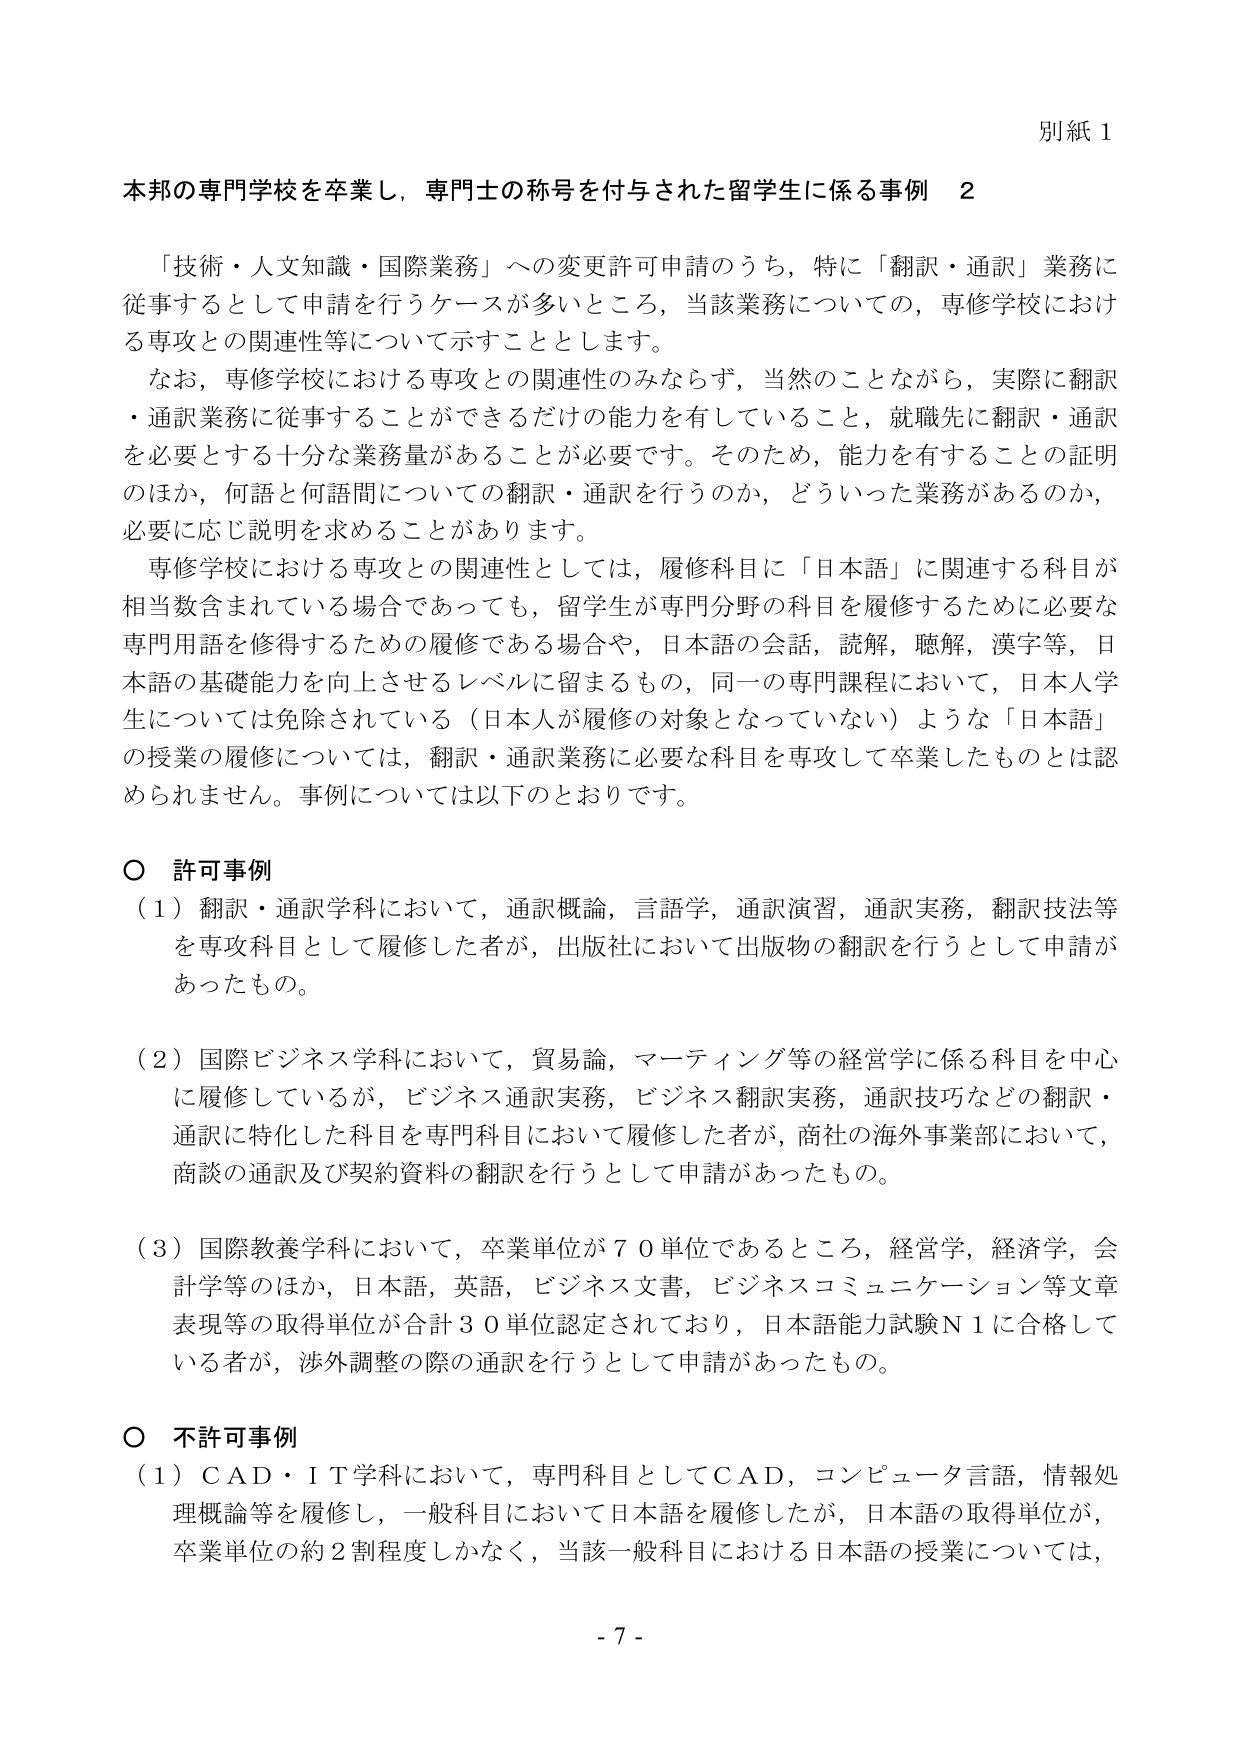
別紙１

本邦の専門学校を卒業し，専門士の称号を付与された留学生に係る事例　２

「技術・人文知識・国際業務」への変更許可申請のうち，特に「翻訳・通訳」業務に従事するとして申請を行うケースが多いところ，当該業務についての，専修学校における専攻との関連性等について示すことにします。

なお，専修学校における専攻との関連性のみならず，当然のことながら，実際に翻訳・通訳業務に従事することができるだけの能力を有していること，就職先に翻訳・通訳を必要とする十分な業務量があることが必要です。そのため，能力を有することの証明のほか，何語と何語間についての翻訳・通訳を行うのか，どういった業務があるのか，必要に応じ説明を求めることがあります。

専修学校における専攻との関連性としては，履修科目に「日本語」に関連する科目が相当数含まれている場合であっても，留学生が専門分野の科目を履修するために必要な専門用語を修得するための履修である場合や，日本語の会話，読解，聴解，漢字等，日本語の基礎能力を向上させるレベルに留まるもの，同一の専門課程において，日本人学生については免除されている（日本人が履修の対象となっていない）ような「日本語」の授業の履修については，翻訳・通訳業務に必要な科目を専攻して卒業したものとは認められません。事例については以下のとおりです。

○ 許可事例

（１）翻訳・通訳学科において，通訳概論，言語学，通訳演習，通訳実務，翻訳技法等を専攻科目として履修した者が，出版社において出版物の翻訳を行うとして申請があったもの。

（２）国際ビジネス学科において，貿易論，マーケティング等の経営学に係る科目を中心に履修しているが，ビジネス通訳実務，ビジネス翻訳実務，通訳技巧などの翻訳・通訳に特化した科目を専門科目において履修した者が，商社の海外事業部において，商談の通訳及び契約資料の翻訳を行うとして申請があったもの。

（３）国際教養学科において，卒業単位が７０単位であるところ，経営学，経済学，会計学等のほか，日本語，英語，ビジネス文書，ビジネスコミュニケーション等文章表現等の取得単位が合計３０単位認定されており，日本語能力試験Ｎ１に合格している者が，渉外調整の際の通訳を行うとして申請があったもの。

○ 不許可事例

（１）ＣＡＤ・ＩＴ学科において，専門科目としてＣＡＤ，コンピュータ言語，情報処理概論等を履修し，一般科目において日本語を履修したが，日本語の取得単位が，卒業単位の約２割程度しかなく，当該一般科目における日本語の授業については，

- 7 -